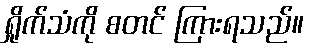
ရှိုက်သံကို စတင် ကြားရသည်။